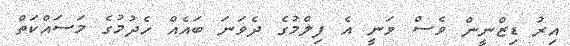
އިރު ޑިޒްނީން ވެސް ވަނީ އެ ފިލްމުގެ ދެވަނަ ބައެއް ހެދުމުގެ މަސައްކަތް